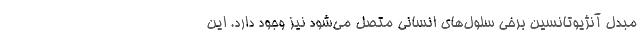
مبدل آنژیوتانسین برخی سلول‌های انسانی متصل می‌شود نیز وجود دارد. این